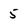
Character: 5